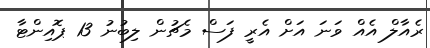
ރެއާލް އެއް ވަނަ އަށް އެރީ ފަސް މެޗުން ލިބުނު 13 ޕޮއިންޓާ